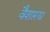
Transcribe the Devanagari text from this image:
वैशारद्य